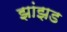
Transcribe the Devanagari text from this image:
झांझड